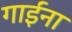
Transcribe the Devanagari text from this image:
गाईंना